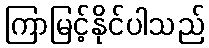
ကြာမြင့်နိုင်ပါသည်